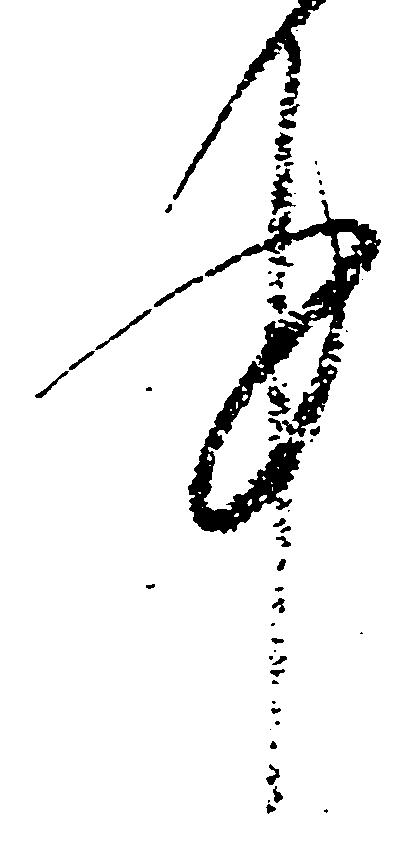
件